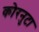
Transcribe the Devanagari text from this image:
कोरनुटा